Language: tamil
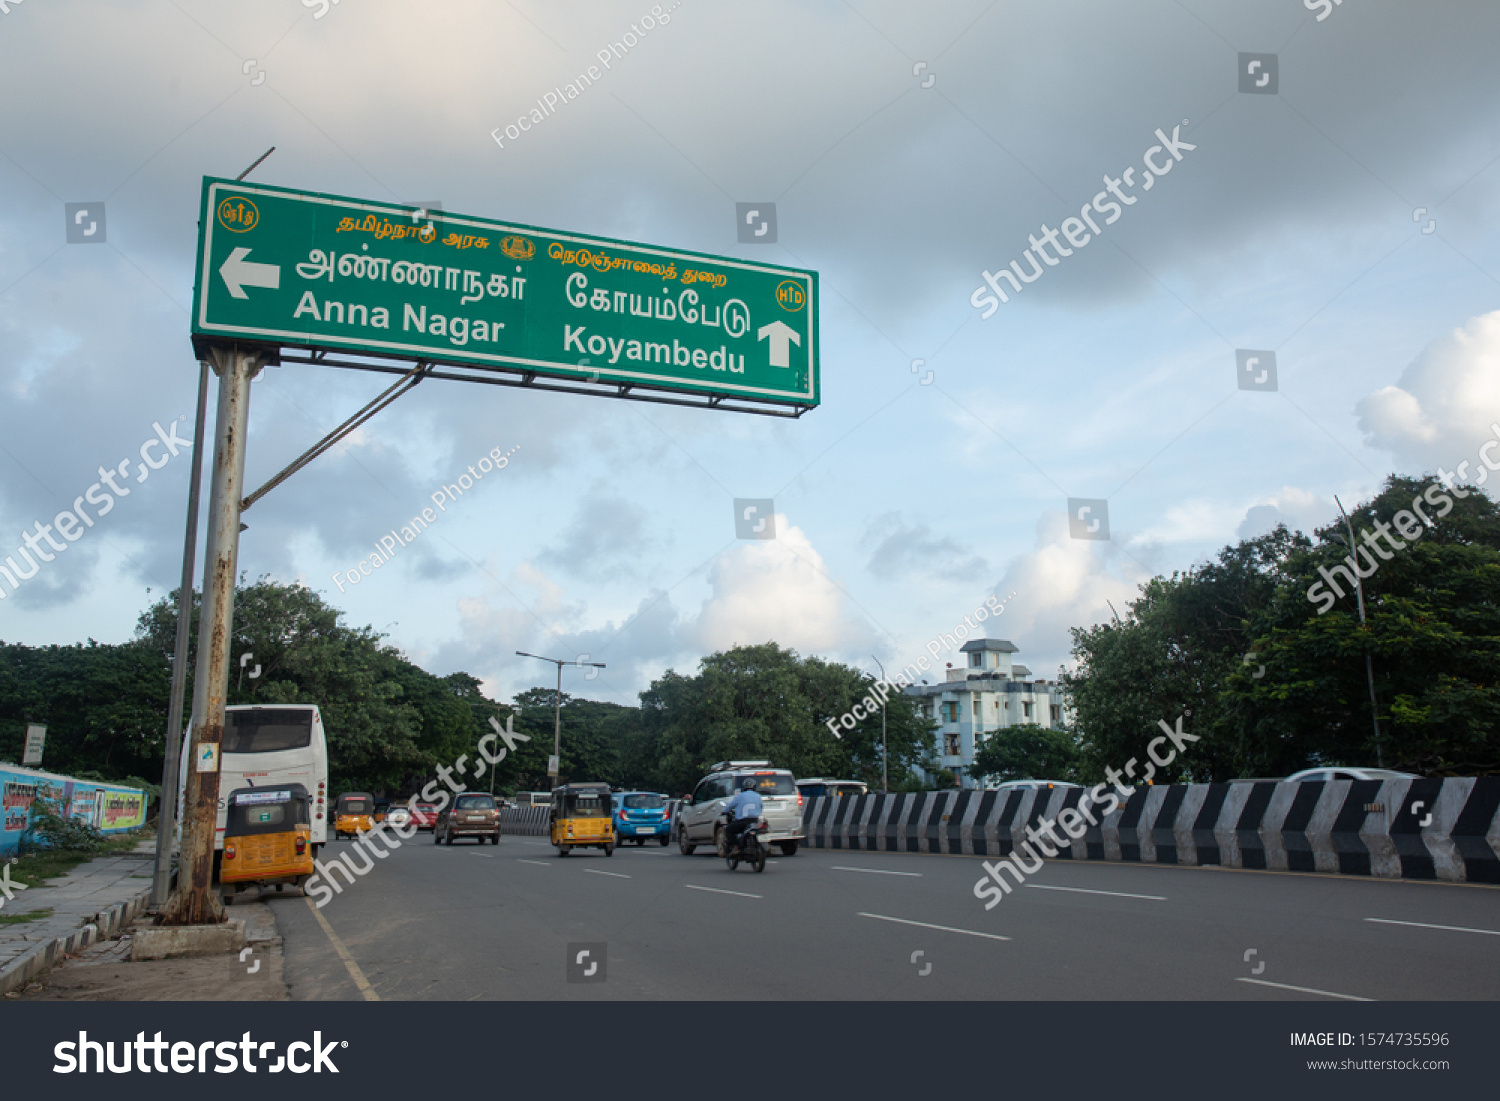
Transcription: தமிழ்நாடு அரசு நெடுஞ்சாலைத் துறை கோயம்பேடு அண்ணாநகா்